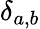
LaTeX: \delta_{a,b}